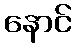
နောင်